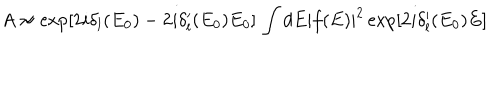
A \approx \exp [ 2 i \delta _ { l } ( E _ { 0 } ) - 2 i \delta _ { l } ^ { \prime } ( E _ { 0 } ) E _ { 0 } ] \, \int { d E \left| { f ( E ) } \right| ^ { 2 } \exp [ 2 i \delta _ { l } ^ { \prime } ( E _ { 0 } ) E ] }